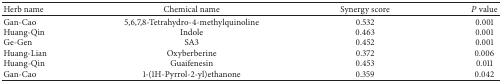
| Herb name | Chemical name | Synergy score | P value |
 | --- | --- | --- | --- |
 | Gan-Cao | 5,6,7,8-Tetrahydro-4-methylquinoline | 0.532 | 0.001 |
 | Huang-Qin | Indole | 0.463 | 0.001 |
 | Ge-Gen | SA3 | 0.452 | 0.001 |
 | Huang-Lian | Oxyberberine | 0.372 | 0.006 |
 | Huang-Qin | Guaifenesin | 0.453 | 0.011 |
 | Gan-Cao | 1-(1H-Pyrrol-2-yl)ethanone | 0.359 | 0.042 |